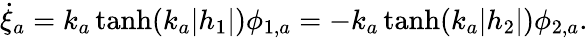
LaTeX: \dot{\xi}_{a}=k_{a}\operatorname{tanh}(k_{a}|h_{1}|)\phi_{1,a}=-k_{a}\operatorname{tanh}(k_{a}|h_{2}|)\phi_{2,a}.